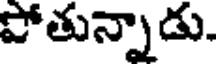
పోతున్నాడు.